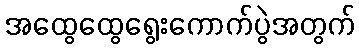
အထွေထွေရွေးကောက်ပွဲအတွက်